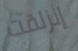
إنزلقت